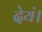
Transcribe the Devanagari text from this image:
देयं।